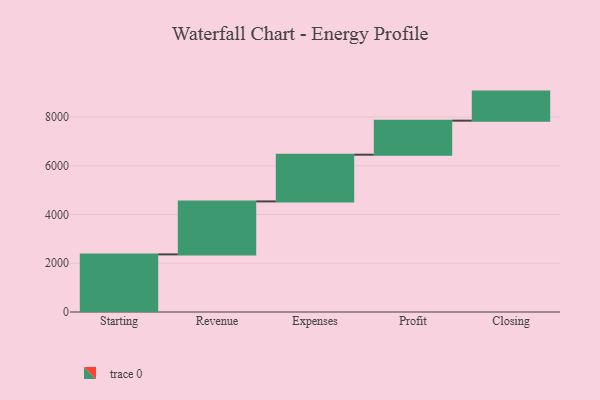
{"axis": {"x": "Step", "y": "Value"}, "legend": [""], "data": [{"x": "Starting", "y": 2364.0, "type": ""}, {"x": "Revenue", "y": 2174.0, "type": ""}, {"x": "Expenses", "y": 1917.0, "type": ""}, {"x": "Profit", "y": 1397.0, "type": ""}, {"x": "Closing", "y": 1192.0, "type": ""}]}